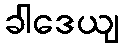
ခါဒေယျ